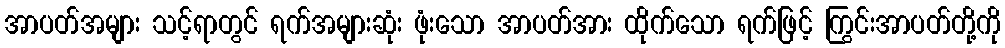
အာပတ်အများ သင့်ရာတွင် ရက်အများဆုံး ဖုံးသော အာပတ်အား ထိုက်သော ရက်ဖြင့် ကြွင်းအာပတ်တို့ကို